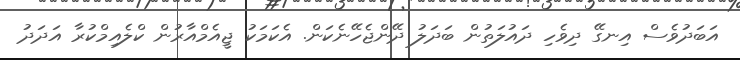
އަބަދުވެސް އިނގޭ ދިވެހި ދައުލަތުން ބަދަލު ދޭންޖެހޭނެކަން. އެކަމަކު ޖީއެމްއާރުން ކްލެއިމްކުރާ އަދަދު